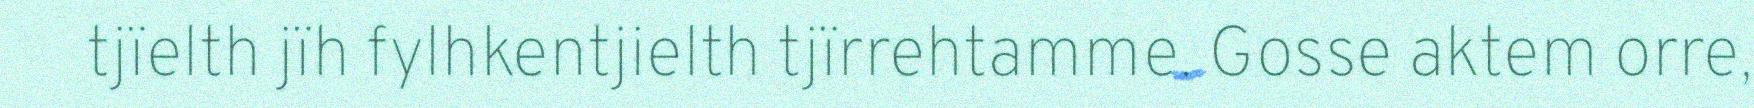
tjïelth jïh fylhkentjielth tjïrrehtamme. Gosse aktem orre,